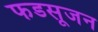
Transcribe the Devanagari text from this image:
फडसूजन